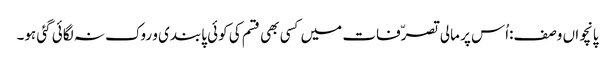
پانچواں وصف:اُس پر مالی تصرّفات میں کسی بھی قسم کی کوئی پابندی و روک نہ لگائی گئی ہو۔